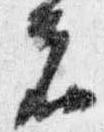
者